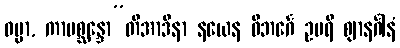
ဓမ္မာ, ကာမစ္ဆန္ဒော”တိအာဒိနာ နယေန ဝိဘင်္ဂေ ဥပရိ ဈာနင်္ဂါနံ